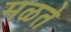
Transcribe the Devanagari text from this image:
मळते